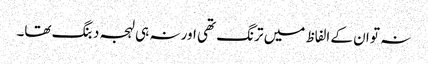
نہ تو ان کے الفاظ میں ترنگ تھی اور نہ ہی لہجہ دبنگ تھا۔